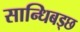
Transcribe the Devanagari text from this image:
सान्धिबड्छ